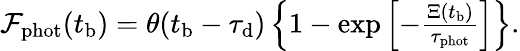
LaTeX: \begin{array}{r}{\mathcal{F}_{\mathrm{phot}}(t_{\mathrm{b}})=\theta(t_{\mathrm{b}}-\tau_{\mathrm{d}})\left\{ 1-\exp\left[-\frac{\Xi(t_{\mathrm{b}})}{\tau_{\mathrm{phot}}}\right]\right\} .}\end{array}